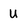
Character: U